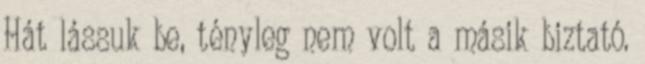
Hát lássuk be, tényleg nem volt a másik biztató.